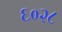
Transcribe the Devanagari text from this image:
६०२८